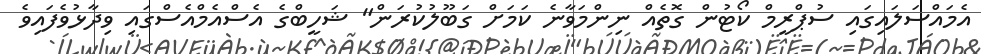
އެމައްސަލައިގައި ސުޕްރީމް ކޯޓުން ގޮތެއް ނިންމަވާނެ ކަމަށް ގަބޫލުކުރަން" ޝަހީބްގެ އެސްއެމްއެސްގައި ވިދާޅުވެފައިވެ